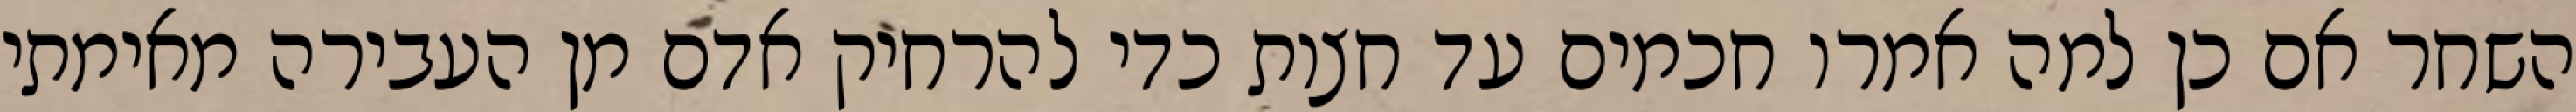
השחר אם כן למה אמרו חכמים עד חצות כדי להרחיק אדם מן העבירה מאימתי